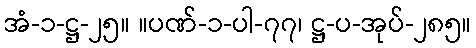
အံ-၁-ဋ္ဌ-၂၅။ ။ပဏ်-၁-ပါ-၇၇၊ ဋ္ဌ-ပ-အုပ်-၂၈၅။